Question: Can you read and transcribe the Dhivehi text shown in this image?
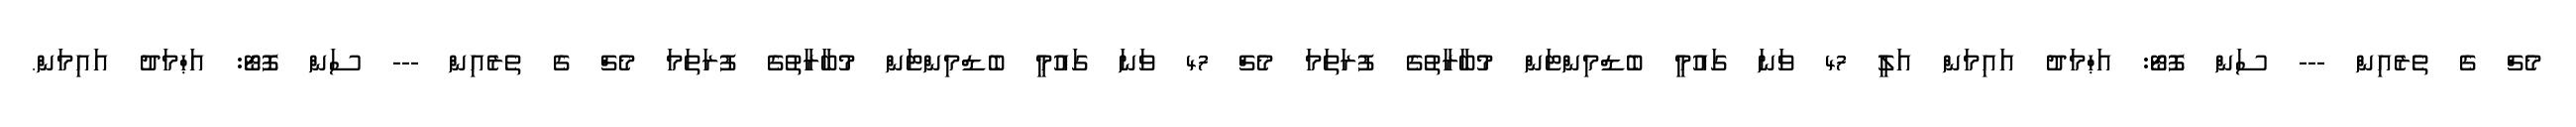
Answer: މެޗް ގެ ތެރެއިން --- ސަން ފޮޓޯ: އަޙްމަދު އައިމަން އަލީ 47 ވަނަ ގައުމީ ބެޑްމިންޓަން މުބާރާތުގެ ފުރަތަމަ މެޗް 47 ވަނަ ގައުމީ ބެޑްމިންޓަން މުބާރާތުގެ ފުރަތަމަ މެޗް ގެ ތެރެއިން --- ސަން ފޮޓޯ: އަޙްމަދު އައިމަން.